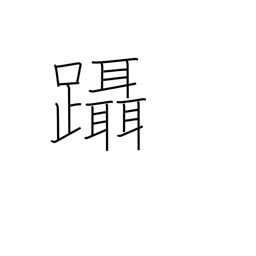
Meaning: step on